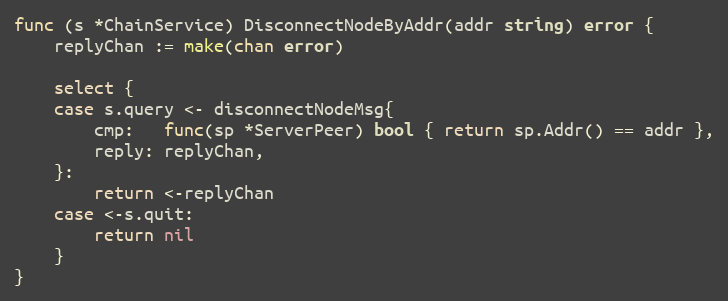
Language: Go
func (s *ChainService) DisconnectNodeByAddr(addr string) error {
	replyChan := make(chan error)

	select {
	case s.query <- disconnectNodeMsg{
		cmp:   func(sp *ServerPeer) bool { return sp.Addr() == addr },
		reply: replyChan,
	}:
		return <-replyChan
	case <-s.quit:
		return nil
	}
}